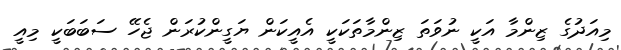
މިއަދުގެ ޒިންމާ އަކީ ނުވަތަ ޒިންމާތަކަކީ އެއީކަން ޔަގީންކުރަން ޖެހޭ ސަބަބަކީ މިއީ